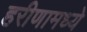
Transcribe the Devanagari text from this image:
हरीणामध्ये